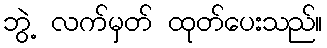
ဘွဲ့ လက်မှတ် ထုတ်ပေးသည်။